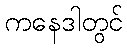
ကနေဒါတွင်